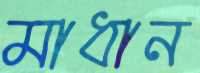
মাধান